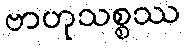
ဗာဟုသစ္စဿ